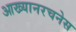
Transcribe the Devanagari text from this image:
आख्यानरचनेस